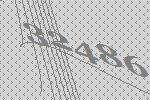
32486